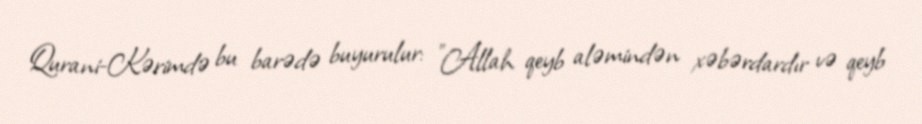
Qurani-Kərimdə bu barədə buyurulur: "Allah qeyb aləmindən xəbərdardır və qeyb